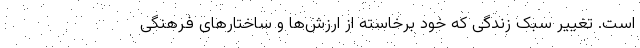
است. تغییر سبک زندگی که خود برخاسته از ارزش‌ها و ساختارهای فرهنگی